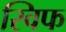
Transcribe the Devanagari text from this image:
स्विफ